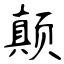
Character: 颠